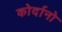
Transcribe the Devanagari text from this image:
कोर्दानो